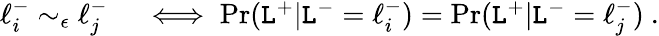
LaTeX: \begin{array}{rl}{\ell_{i}^{-}\sim_{\epsilon}\ell_{j}^{-}}&{{}\iff\operatorname*{Pr}(\mathtt{L}^{+}|\mathtt{L}^{-}=\ell_{i}^{-})=\operatorname*{Pr}(\mathtt{L}^{+}|\mathtt{L}^{-}=\ell_{j}^{-})~.}\end{array}